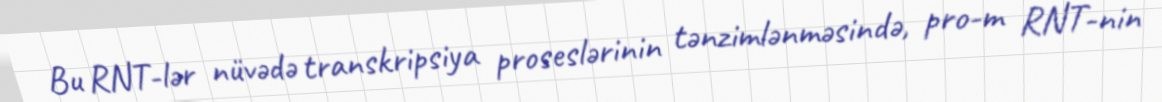
Bu RNT-lər nüvədə transkripsiya proseslərinin tənzimlənməsində, pro-m RNT-nin